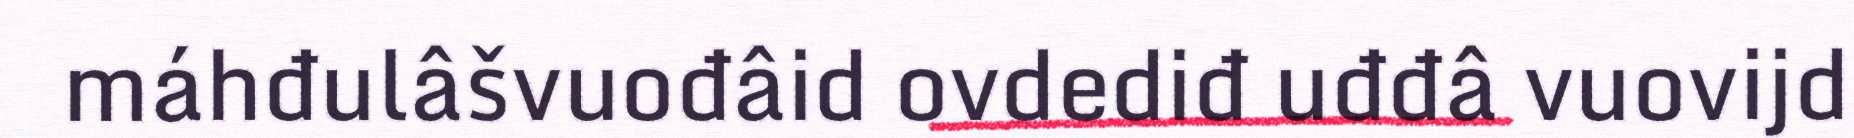
máhđulâšvuođâid ovdediđ uđđâ vuovijd